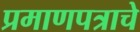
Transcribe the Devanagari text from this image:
प्रमाणपत्राचे